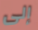
إلى